Vital statistics of India. Vol. IV, Annual returns from 1871 to 1876. British Army of India, Native Army and jails of Bengal
Year: 1871
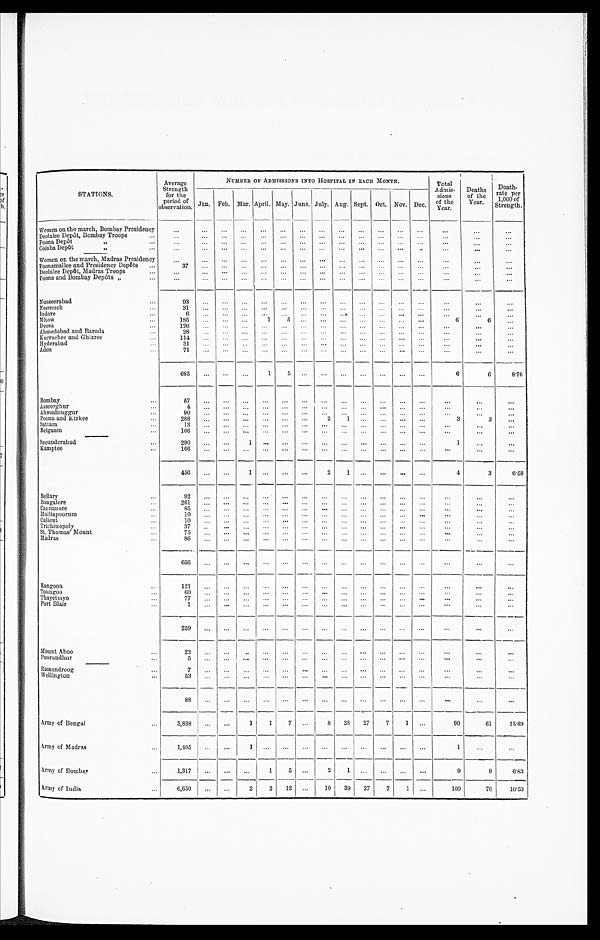
STATIONS.
Average
Strength
for the
period of
observation.
NUMBER OF ADMISSIONS INTO HOSPITAL IN EACH MONTH.
Total
A dmis-
sions
of the
Year.
Deaths
of the
Year.
Death-
rate per
1,000 of
Strength.
Jan. Feb.
__
Mar. April.
I
May. June. July. Aug. Sept. Oct. Nov. Dec.
Women on the march, Bombay Presidency
. . .
...
...
...
...
...
...
...
...
...
...
...
...
. . .
. . .
. . .
Deolalee Depôt, Bombay Troops ...
. . .
...
...
...
...
...
...
...
...
...
...
...
...
...
. . .
. . .
Poona Depôt
,,
...
. . .
...
...
...
...
...
...
...
...
...
...
...
...
. . . ...
. . .
Colaba Dep6t
f ,
. . .
. . .
. . .
. . .
. . .
. . .
. . .
. . .
. . .
. . .
. . .
. . .
. . .
..
...
. . . . . .
. . .
Women on the march, Madras Presidency
. . .
...
...
...
...
...
...
...
...
...
...
...
...
. . . .
. . .
. . .
Poonamallee and Presidency Depôts
...
3 7
. . .
. . .
. . . ...
. . .
. . . ...
. . .
... ...
. . .
. . .
. . . ...
. . .
Deolalee Depôt, Madras Troops
...
. . .
. . .
. . .
...
...
...
...
...
...
...
...
...
...
. . .
. . .
. . .
Poona and Bombay Depôts „
. . .
...
...
...
...
...
...
...
...
...
...
...
. ..
. . . ...
. . .
Nusseerabad
...
93
...
. . .
. . .
. . .
. . .
. . .
. . .
. . .
. . .
. . .
. . .
. . .
...
...
. . .
Neemuh
...
3 1
. . .
. . .
. . .
. . .
. . .
. . .
. . .
. . . .
. . .
. . .
. . .
. . .
. . . ...
. . .
Indore
...
6
. . .
. . .
. . .
. . .
. . .
. . . ...
. . .
... ...
. . .
. . . ...
. . .
Mhow
...
1 8 5
...
...
...
1
5
...
. . .
...
...
...
...
...
6
6
. . .
Deesa
...
1 2 6
. . .
. . .
. . .
. . .
. . .
. . . ...
. . .
... ...
. . .
. . .
. . .
. . .
...
Ahmedabad and Baroda
...
2 8
. . .
. . .
. . .
. . .
. . .
. . . ...
. . .
... ...
. . .
. . .
. . .
. . .
. . .
Kurrachee Ghizree
...
1 1 4
. . .
. . .
. . .
. . .
. . .
. . . ...
. .
... ...
. . .
. . .
...
...
. . .
H y d e r a b a d
3 1
. .
. . .
. . .
. . .
. . .
. . . ...
. . .
... ...
. . .
. . .
...
...
. . .
Aden
...
7 1
. . .
. . .
. . .
. . .
. . .
. . . ...
. . .
... ...
. . .
. . .
...
. . .
. . .
6 8 5
. . .
...
. . .
1
5
. . . ...
...
...
...
...
...
6
6
—
8.76
Bombay
...
5 7
. . .
. . .
. . .
. . .
. . .
. . .
. . .
. . .
... ...
. . .
. . .
. . .
. . .
. . .
Asseerghur
...
4
. . .
. . .
. . .
. . . .
. . .
. . .
. . .
. . .
... ...
. . .
. . .
. . .
. . .
. . .
Ahmednuggur
...
9 0
. . .
. . .
. . .
. . .
. . .
. . .
. . .
. . .
... ...
. . .
. . .
. . .
. . .
. . .
Poona and Kirkee
...
2 8 8
. . .
. . .
. . .
. . .
. . .
. . .
2
1
... ...
. . .
. . .
3
3
...
Sattara
...
1 3
. . .
. . .
. . .
. . .
. . .
. . .
. . .
. . .
... ...
. . .
. . .
...
. . .
. . .
Belgaum
1 0 6
. . .
. . .
. . .
. . .
. . .
. . .
. . .
. . .
... ...
. . .
. . .
. . . ...
...
Secunderabad
...
290
...
...
1
. . .
. . .
. . .
. . .
. . .
... ...
. . .
. . .
1
. . .
. . .
Kamptee
1 6 6
. . .
. . .
. . .
. . .
. . .
. . .
. . . .
. . .
... ...
. . .
. . .
...
. . .
. . .
456
...
...
1
. . .
. . .
. . .
2
1
...
. . .
. . .
. . .
4
3
6.58
Bellary ...
9 2
. . .
. . .
. . .
. . .
. . .
. . .
. . .
. . .
...
. . .
. . .
. . .
...
...
...
Bangalore
...
2 6 1
. . . .
. . .
. . .
. . .
. . .
. . .
. . .
. . .
. . .
...
. . .
. . .
. . . ...
. . .
Cannanore
...
8 5
. . .
. . . .
. . .
. . .
. . .
. . .
. . .
. . .
... ...
. . .
. . .
. . .
. . .
. . .
Malliapoorum
...
1 0
. . .
. . .
. . .
. . .
. . .
. . .
. . .
. . .
... ...
. . .
. . .
...
...
. . .
C a l i c u t . . .
1 0
. . .
. . .
. . . .
. . . .
. . .
. . .
. . .
. . .
... ...
. . .
. . . ...
...
. . .
richinopoly
...
37
. . .
. . .
. . .
...
. . .
. . .
...
. . .
. . .
. . .
. . .
. . .
. . .
. . .
. . .
St. Thomas Mount
...
7 5
. . .
. . .
. . .
...
. . .
. . . ...
. . .
... ...
. . .
. . .
...
. . .
. . .
Madras
8 6
. . .
. . .
. . .
...
. . .
. . . ...
. . .
... ...
. . .
. . ...
. . .
. . .
6 5 6 ...
. . .
. . .
...
. . .
...
...
. . .
... ...
...
. . .
. . .
. . .
. . .
Rangoon
...
1 2 1
. . .
. . .
. . .
...
. . .
. . .
...
. . .
... ...
. . .
. . .
...
__
...
. . .
Toungoo
...
6 0
. . .
. . .
. . .
...
. . .
. . .
...
. . .
... ...
. . .
. . .
. . . ...
. . .
Thayetmyo
...
7 7
. . .
. . .
. . .
...
. . .
. . .
...
. . .
... ....
. .
. . .
. . .
. . .
. . .
Port Blair
...
1
. . .
...
. . .
...
. . .
. . .
...
. . .
... ...
. . .
. . .
. . .
. . .
. . .
2 5 9
...
. . .
. . .
...
. . .
. . .
...
. . .
... ...
...
. . .
. . .
. . .
. . .
Mount Aboo
...
23
. . .
. . .
. . .
...
. . .
. . .
...
. . .
. . .
...
. . .
. . .
. .
. .
. .
Poorundhur
...
5
. . .
. . .
. . .
...
. . .
. . . ...
. . .
... ...
. . .
. . .
. . .
. . .
. . .
Ramandroog
...
7
. . .
. . .
. . .
...
. . .
. . . ...
. . .
... ...
. . .
. . .
. . .
. . .
. .
W ellington
...
5 3
. . .
. . .
. . .
..
. . .
. . . ...
. . .
... ...
. . .
. . .
. . .
. . .
. . .
8 8
. . .
. . .
. . .
....
. . .
. . . ...
. . .
...
. . .
. . .
. . .
. . .
. . .
. . .
Army of Bengal
...
3,838
...
...
1
1
7
. . .
8
38
27
7
1
. . .
90
61
15.89
Army of Madras
...
1,495
...
. . .
1
. . .
. . ....
. . .
. . . ...
. . .
. . .
. . .
1
. . .
. . .
Army of Bombay
...
1,317
...
...
. . .
1
5 ...
2
1
...
. . .
...
. . .
9
9
6 . 8 3
Army of India
6,650
...
. . .
2
2
12
...
10
39
27
7
1
. . .
100
70
10.53